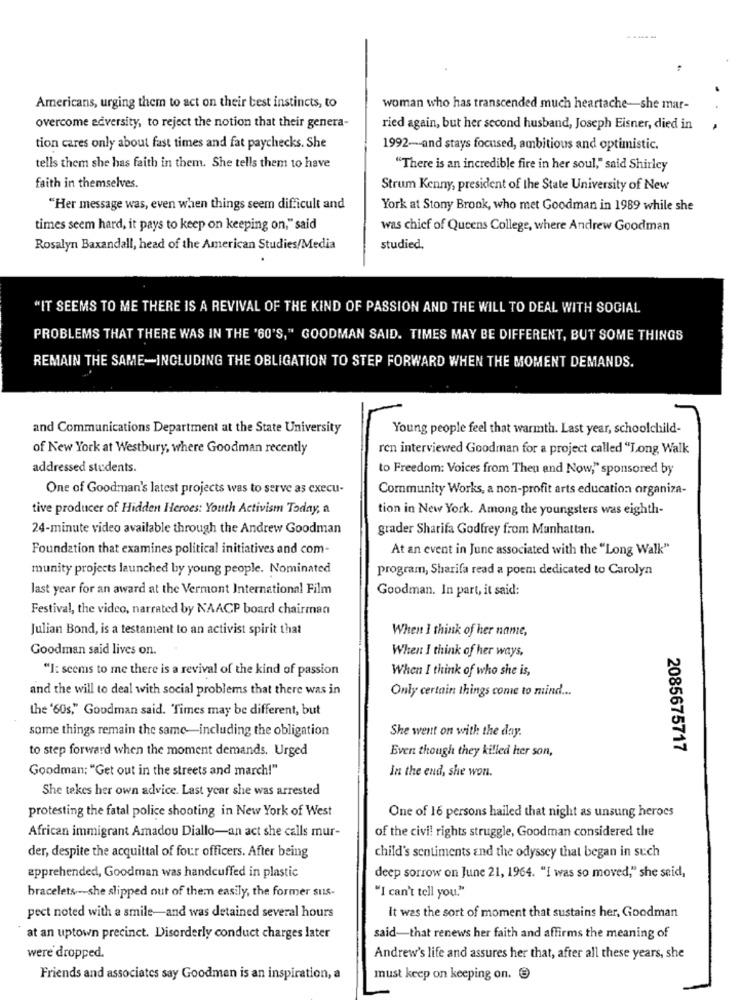
Americans, urging them to act on their best instincts, to
woman who has transcended much heartache-she mar-
overcome adversity, to reject the notion that their genera-
ried again, but her second husband, Joseph Eisner, died in
.
tion cares only about fast times and fat paychecks. She
1992-and stays focused, ambitious and optimistic.
tells them she has faith in them. She tells them to have
"There is an incredible fire in her soul," said Shirley
faith in themselves.
Strum Kenny, president of the State University of New
"Her message was, even when things seem difficult and
York at Stony Brook, who met Goodman in 1989 while she
times seem hard, it pays to keep on keeping on," said
was chief of Queens College, where Andrew Goodman
Rosalyn Baxandall, head of the American Studies/Media
studied.
"IT SEEMS TO ME THERE IS A REVIVAL OF THE KIND OF PASSION AND THE WILL TO DEAL WITH SOCIAL
PROBLEMS THAT THERE WAS IN THE '60'S," GOODMAN SAID. TIMES MAY BE DIFFERENT, BUT SOME THINGS
REMAIN THE SAME-INCLUDING THE OBLIGATION TO STEP FORWARD WHEN THE MOMENT DEMANDS.
and Communications Department at the State University
Young people feel that warmth. Last year, schoolchild-
of New York at Westbury, where Goodman recently
ren interviewed Goodman for a project called "Long Walk
addressed students.
to Freedom: Voices from Theu and Now," sponsored by
One of Goodman's latest projects was to serve as execu-
Community Works, a non-profit arts education organiza-
tive producer of Hidden Heroes: Youth Activism Today, a
tion in New York. Among the youngsters was eighth-
24-minute video available through the Andrew Goodman
grader Sharifa Godfrey from Manhattan.
Foundation that examines political initiatives and com-
At an event in June associated with the "Long Walk"
munity projects launched by young people. Nominated
program, Sharifa read a poem dedicated to Carolyn
last year for an award at the Vermont International Film
Goodman. In part, it said:
Festival, the video, narrated by NAACP board chairman
Julian Bond, is a testament to an activist spirit that
When I think of her name,
Goodman said lives on.
When I think of her ways,
"I: seems to me there is a revival of the kind of passion
When I think of who she is,
and the will to deal with social problems that there was in
Only certain things come to mind ...
the '60s," Goodman said. Times may be different, but
some things remain the same-including the obligation
She went on with the day.
to step forward when the moment demands. Urged
Even though they killed Iter son,
2085675717
Goodman; "Get out in the streets and march!"
In the end, she won.
She takes her own advice. Last year she was arrested
protesting the fatal police shooting in New York of West
One of 16 persons hailed that night as unsung heroes
African immigrant Amadou Diallo-an act she calls mur-
of the civil rights struggle, Goodman considered the
der, despite the acquittal of four officers. After being
child's sentiments and the odyssey that began in such
apprehended, Goodman was handcuffed in plastic
deep sorrow on June 21, 1964. "I was so moved," she seid,
bracelets -- she slipped out of them easily, the former sus-
"I can't tell you."
pect noted with a smile-and was detained several hours
It was the sort of moment that sustains her, Goodman
at an uptown precinct. Disorderly conduct charges later
said-that renews her faith and affirms the meaning of
were dropped.
Andrew's life and assures her that, after all these years, she
Friends and associates say Goodman is an inspiration, a
must keep on keeping on.